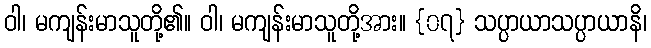
ဝါ၊ မကျန်းမာသူတို့၏။ ဝါ၊ မကျန်းမာသူတို့အား။ {၀၇} သပ္ပာယာသပ္ပာယာနိ၊